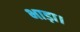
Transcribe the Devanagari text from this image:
भाड़ा।